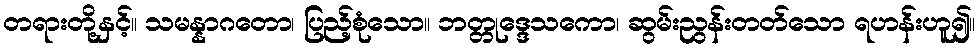
တရားတို့နှင့်။ သမန္နာဂတော၊ ပြည့်စုံသော။ ဘတ္တုဒ္ဒေသကော၊ ဆွမ်းညွန်းတတ်သော ရဟန်းဟူ၍။